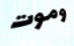
وموت